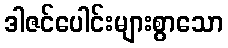
ဒါဇင်ပေါင်းများစွာသော